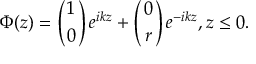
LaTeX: \Phi ( z ) = \left( { 1 \atop 0 } \right) e ^ { i k z } + \left( { 0 \atop r } \right) e ^ { - i k z } , z \leq 0 .